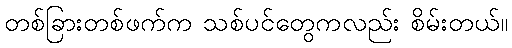
တစ်ခြားတစ်ဖက်က သစ်ပင်တွေကလည်း စိမ်းတယ်။